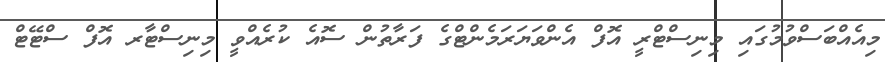
މިއެއްބަސްވުމުގައި މިނިސްޓްރީ އޮފް އެންވަޔަރަމެންޓްގެ ފަރާތުން ސޮއެ ކުރެއްވީ މިނިސްޓާރ އޮފް ސްޓޭޓް